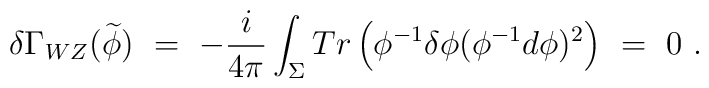
\delta \Gamma_{WZ}(\widetilde{\phi})\ =\ -\frac{i}{4\pi}\int_\Sigma   Tr\left(\phi^{-1}\delta\phi(\phi^{-1}d\phi)^2\right)\ =\ 0\ .